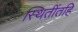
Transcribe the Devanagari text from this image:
स्थितींतहि